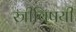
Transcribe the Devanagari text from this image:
स्त्रीविषयी